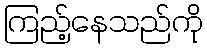
ကြည့်နေသည်ကို